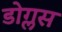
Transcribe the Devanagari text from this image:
डोग्लस